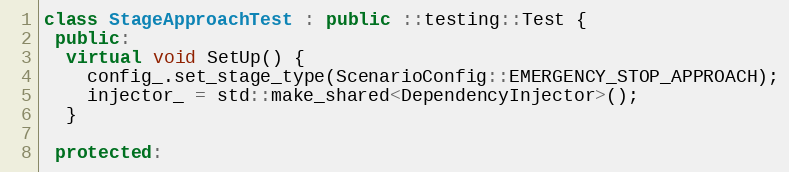
Language: C++
class StageApproachTest : public ::testing::Test {
 public:
  virtual void SetUp() {
    config_.set_stage_type(ScenarioConfig::EMERGENCY_STOP_APPROACH);
    injector_ = std::make_shared<DependencyInjector>();
  }

 protected: